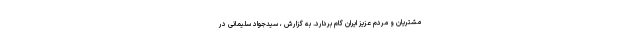
مشتریان و مردم عزیز ایران گام بردارد. به گزارش ، سیدجواد سلیمانی در